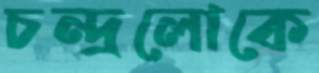
চন্দ্রলোকে